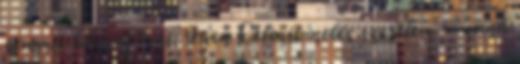
semmit hozzáfűzni. Igen Létezik netes szerelem : : naná